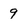
Character: 9